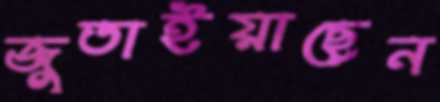
জুতাইয়াছেন